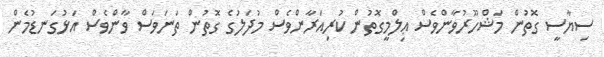
ސިޔާސީ ގޮތުން މަޝްހޫރުވާންވެސް ޢިލްމީގޮތުން ކުރިއަރާންވެސް މުދަލުގެ ގޮތުން ތަނަވަސް ވާންވެސް އަޅުގަނޑުމެން